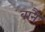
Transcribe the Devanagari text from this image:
बानैं